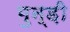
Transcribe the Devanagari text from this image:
भुन्ड़ी